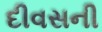
દીવસની